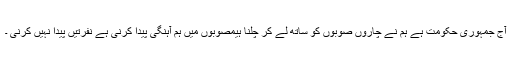
آج جمہوری حکومت ہے ہم نے چاروں صوبوں کو ساتھ لے کر چلنا ہیمصوبوں میں ہم آہنگی پیدا کرنی ہے نفرتیں پیدا نہیں کرنی ۔